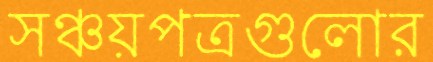
সঞ্চয়পত্রগুলোর